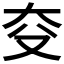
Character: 𪥆